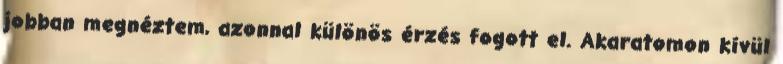
jobban megnéztem, azonnal különös érzés fogott el. Akaratomon kívül